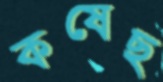
কষেছ